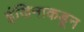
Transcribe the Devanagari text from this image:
इंजिनाकडून